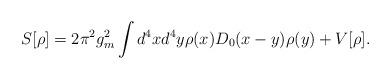
LaTeX: \begin{align*}S[\rho]=2\pi^2g_m^2\int d^4xd^4y\rho(x)D_0(x-y)\rho(y)+V[\rho].\end{align*}